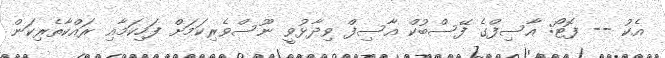
އެކު -- ފޮޓޯ: އާސިފްގެ ފޭސްބުކް އާސިފް ވިދާޅުވީ ނޫސްވެރިކަމަށް ފަހިކަމާއި ރައްކާތެރިކަން